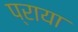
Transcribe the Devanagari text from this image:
प्राया